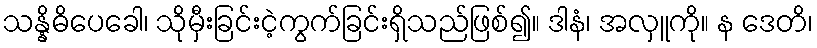
သန္နိဓိပေခေါ၊ သိုမှီးခြင်းငဲ့ကွက်ခြင်းရှိသည်ဖြစ်၍။ ဒါနံ၊ အလှူကို။ န ဒေတိ၊